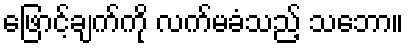
ဖြောင့်ချက်ကို လက်မခံသည့် သဘော။